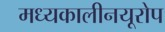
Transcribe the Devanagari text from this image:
मध्यकालीनयूरोप